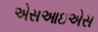
એસઆઇએસ